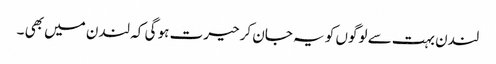
لندن بہت سے لوگوں کو یہ جان کر حیرت ہو گی کہ لندن میں بھی ۔